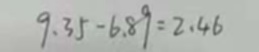
9 . 3 5 - 6 . 8 9 = 2 . 4 6